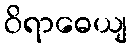
ဝိရာဓေယျ